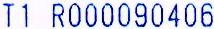
T1 R000090406